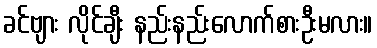
ခင်ဗျား လိုင်ချီး နည်းနည်းလောက်စားဦးမလား။